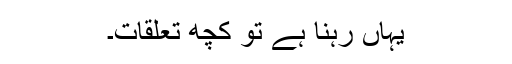
یہاں رہنا ہے تو کچھ تعلقات۔